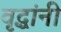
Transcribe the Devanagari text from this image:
वृद्धांनी